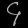
Digit: ၄